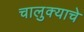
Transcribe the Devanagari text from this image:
चालुक्याचे